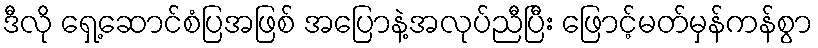
ဒီလို ရှေ့ဆောင်စံပြအဖြစ် အပြောနဲ့အလုပ်ညီပြီး ဖြောင့်မတ်မှန်ကန်စွာ